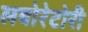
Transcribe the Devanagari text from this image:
लबोरेटोरी